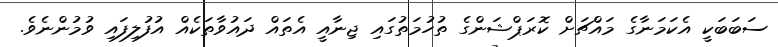
ސަބަބަކީ އެކަމަނާގެ މައްޗަށް ކޮރަޕްޝަންގެ ތުހުމަތުގައި ޖިނާއީ އެތައް ދައުވާތަކެއް އުފުލިފައި ވުމުންނެވެ.